Civil Veterinary Dept. Bombay admin report 1923-31 - 1923-1931
Year: 1923
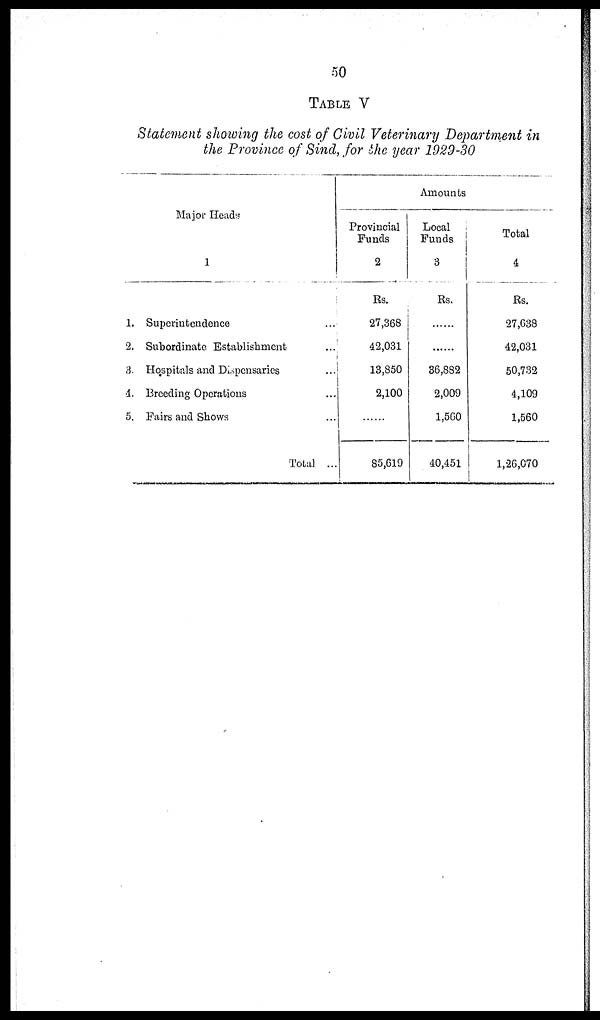
50
TABLE V
Statement showing the cost of Civil Veterinary Department in
the Province of Sind, for the year 1929-30
Major Heads
1
1. Superintendence ...
2. Subordinate Establishment ...
3. Hospitals and Dispensaries ...
4. Breeding Operations ...
5. Fairs and Shows ...
Total ...
Amounts
Provincial
Funds
2
Rs.
27,368
42,031
13,850
2,100
......
85,619
Local
Funds
3
Rs.
......
......
36,882
2,009
1,560
40,451
Total
4
Rs.
27,638
42,031
50,732
4,109
1,560
1,26,070